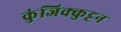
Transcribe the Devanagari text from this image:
कुंजिक्कुट्टन